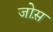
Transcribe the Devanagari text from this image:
जोस़